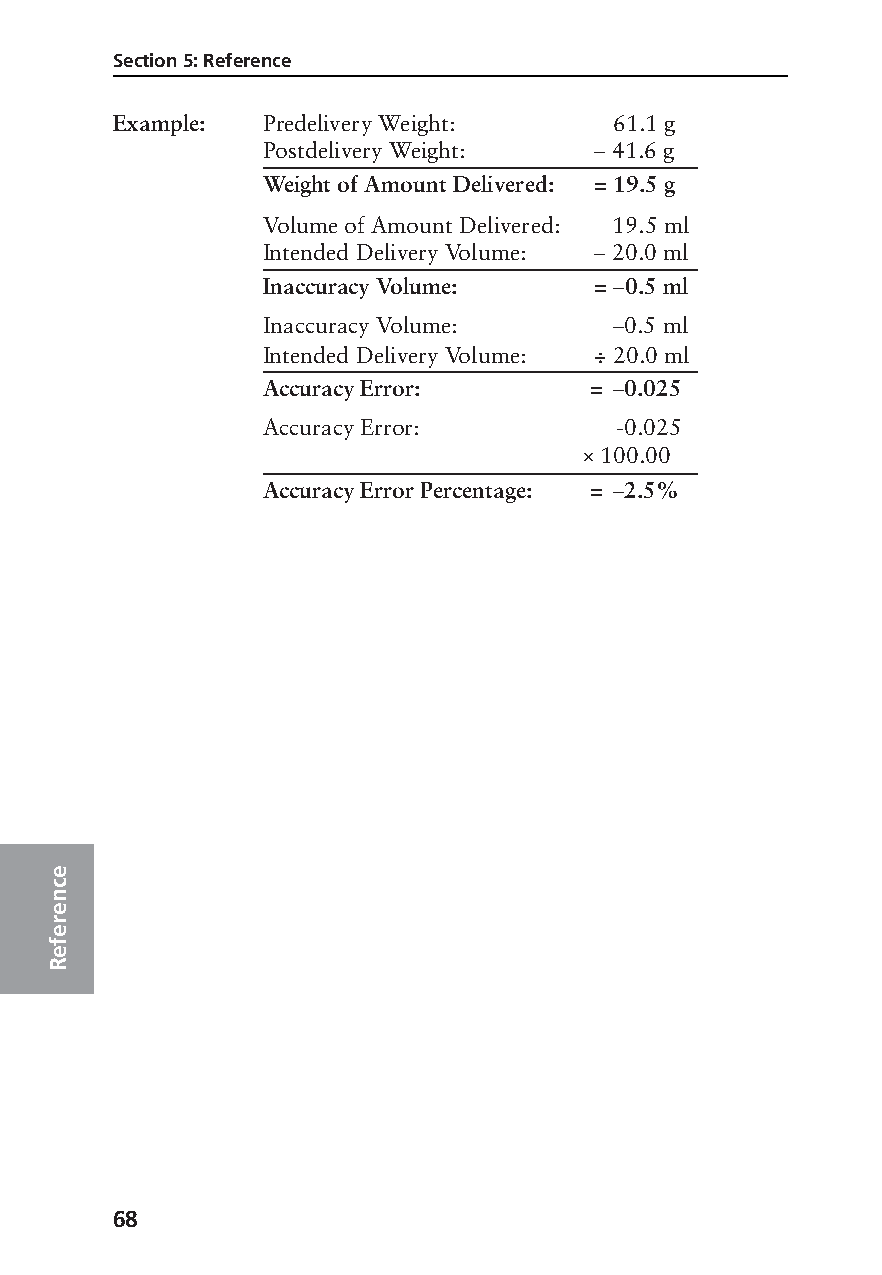
Section 5: Reference
 Example:  Predelivery Weight:     61.1 g
 Postdelivery Weight:  – 41.6 g
 Weight of Amount Delivered: = 19.5 g
 Volume of Amount Delivered: 19.5 ml
 Intended Delivery Volume: – 20.0 ml
 Inaccuracy Volume:    = –0.5 ml
 Inaccuracy Volume:      –0.5 ml
 Intended Delivery Volume: ÷ 20.0 ml
 Accuracy Error:       = –0.025
 Accuracy Error:         -0.025
 × 100.00
 Accuracy Error Percentage: = –2.5%
 e
 c
 n
 e
 r
 e
 f
 e
 R
 68
 PROOF (LR #3086), 2000-03-16 «3935-51D Manual, Legacy 1»